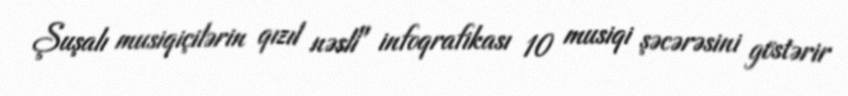
Şuşalı musiqiçilərin qızıl nəsli" infoqrafikası 10 musiqi şəcərəsini göstərir